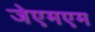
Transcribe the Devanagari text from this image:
जेएमएम